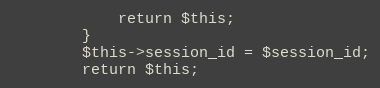
Language: PHP
            return $this;
        }
		$this->session_id = $session_id;
		return $this;